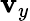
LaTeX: \mathbf{v}_{y}